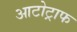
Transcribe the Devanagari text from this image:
आटोट्राफ